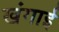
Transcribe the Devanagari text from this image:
खंगाई